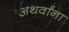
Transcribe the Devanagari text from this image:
अथर्वांना